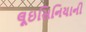
લૂઇસિનિયાની